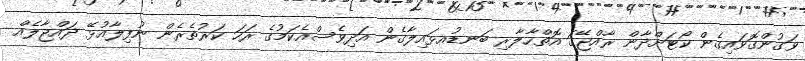
ވަގުންގޮވައިގެން ކޯޓަށްދާން ރާއްޖޭގަ އޮތްހާލާރި ބަނޑުއޅައިލާގެން އަދިވެސްއެކަމުގެ ރަހަ ކަރުތެރެން ނުފިލާއުޅޭ ދައްޖާލެއް